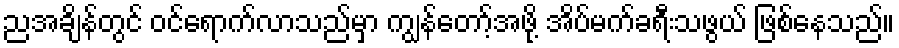
ညအချိန်တွင် ဝင်ရောက်လာသည်မှာ ကျွန်တော့်အဖို့ အိပ်မက်ခရီးသဖွယ် ဖြစ်နေသည်။